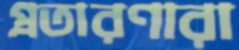
প্রতারণারা